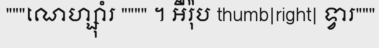
"""ណេហ្ស៊ាំរ """" ។ អឺរ៉ុប thumb|right| ទ្វារ"""